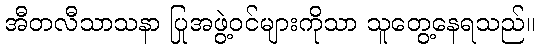
အီတလီသာသနာ ပြုအဖွဲ့ဝင်များကိုသာ သူတွေ့နေရသည်။